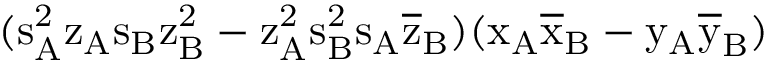
( \mathrm { s _ { A } ^ { 2 } \mathrm { z _ { A } \mathrm { s _ { B } \mathrm { z _ { B } ^ { 2 } - \mathrm { z _ { A } ^ { 2 } \mathrm { s _ { B } ^ { 2 } \mathrm { s _ { A } \mathrm { \overline { { z } } _ { B } ) ( \mathrm { x _ { A } \mathrm { \overline { { x } } _ { B } - \mathrm { y _ { A } \mathrm { \overline { { y } } _ { B } ) } } } } } } } } } } } }